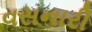
વસનારી